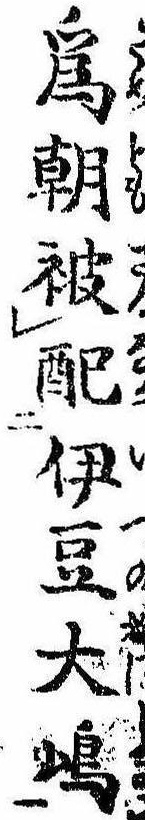
為朝被配伊豆大島